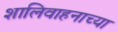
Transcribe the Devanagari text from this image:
शालिवाहनाच्या